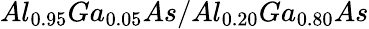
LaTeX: Al_{0.95}Ga_{0.05}As/Al_{0.20}Ga_{0.80}As